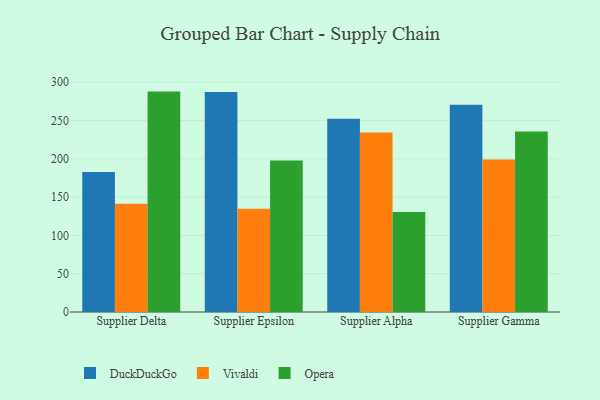
{"axis": {"x": "Supplier", "y": "Temperature (°C)"}, "legend": ["DuckDuckGo", "Opera", "Vivaldi"], "data": [{"x": "Supplier Delta", "y": 182.8, "type": "DuckDuckGo"}, {"x": "Supplier Delta", "y": 141.5, "type": "Vivaldi"}, {"x": "Supplier Delta", "y": 287.8, "type": "Opera"}, {"x": "Supplier Epsilon", "y": 287.2, "type": "DuckDuckGo"}, {"x": "Supplier Epsilon", "y": 134.7, "type": "Vivaldi"}, {"x": "Supplier Epsilon", "y": 197.9, "type": "Opera"}, {"x": "Supplier Alpha", "y": 252.2, "type": "DuckDuckGo"}, {"x": "Supplier Alpha", "y": 234.5, "type": "Vivaldi"}, {"x": "Supplier Alpha", "y": 130.5, "type": "Opera"}, {"x": "Supplier Gamma", "y": 270.6, "type": "DuckDuckGo"}, {"x": "Supplier Gamma", "y": 199.1, "type": "Vivaldi"}, {"x": "Supplier Gamma", "y": 235.7, "type": "Opera"}]}